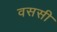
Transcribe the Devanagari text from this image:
वससी